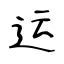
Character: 运